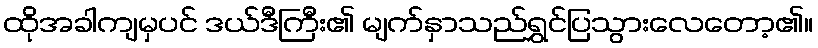
ထိုအခါကျမှပင် ဒယ်ဒီကြီး၏ မျက်နှာသည်ရွှင်ပြသွားလေတော့၏။